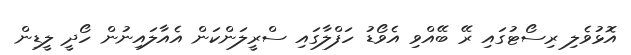
އޮޅުވެލި ރިސޯޓުގައި ރޭ ބޭއްވި އެވޯޑު ހަފްލާގައި ސްރީލަންކަން އެއާލައިނުން ހޯދީ ލީޑިން